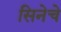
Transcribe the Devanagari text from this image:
सिनेचे